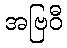
အဗြဝီ